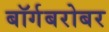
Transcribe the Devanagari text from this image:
बॉर्गबरोबर